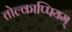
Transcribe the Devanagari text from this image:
तोल्काप्पियम्